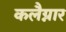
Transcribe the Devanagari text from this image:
कलैग्नार